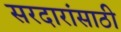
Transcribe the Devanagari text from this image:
सरदारांसाठी